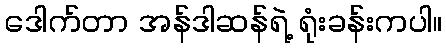
ဒေါက်တာ အန်ဒါဆန်ရဲ့ ရုံးခန်းကပါ။